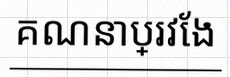
គណនាប្រវែង